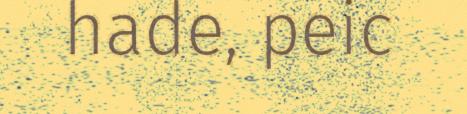
hade, peic